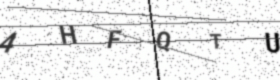
Text: 4HFQTU